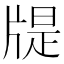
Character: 𤗘